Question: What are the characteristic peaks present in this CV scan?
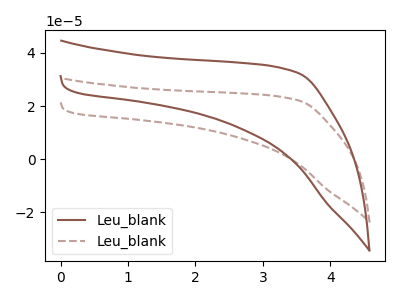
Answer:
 <answer>The brown curve "Leu_blank1" has no peaks. The brown dashed curve "Leu_blank2" has no peaks.</answer>
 <eval></eval>